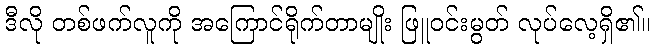
ဒီလို တစ်ဖက်လူကို အကြောင်ရိုက်တာမျိုး ဖြူဝင်းမွတ် လုပ်လေ့ရှိ၏။